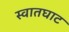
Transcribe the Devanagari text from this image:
स्वातघाट